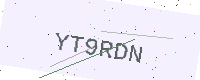
Text: YT9RDN